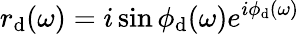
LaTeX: r_{\mathrm{d}}(\omega)=i\sin{\phi_{\mathrm{d}}(\omega)}e^{i\phi_{\mathrm{d}}(\omega)}